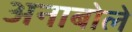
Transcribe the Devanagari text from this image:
अनाबोले